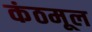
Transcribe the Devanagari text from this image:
कंठमूल